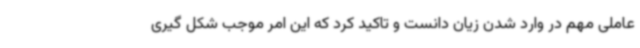
عاملی مهم در وارد شدن زیان دانست و تاکید کرد که این امر موجب شکل گیری